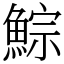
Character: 鯮